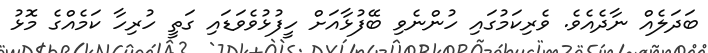
ބަދަލެއް ނާދެއެވެ. ވެރިކަމުގައި ހުންނެވި ބޭފުޅާއަށް ހީފުޅުވެވަޑައި ގަތީ ހުރިހާ ކަމެއްގެ މޮޅު